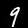
Digit: 9